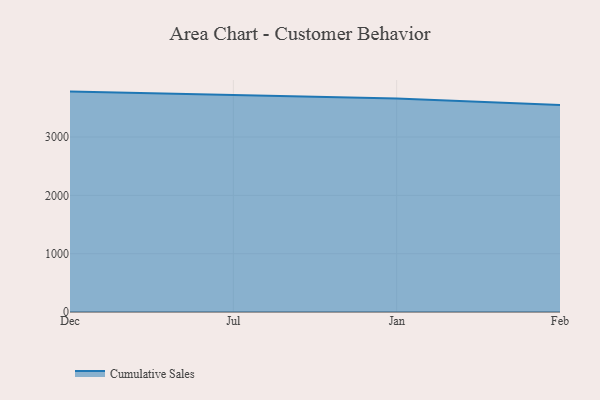
{"axis": {"x": "Month", "y": "Churn Rate (%)"}, "legend": ["Cumulative Sales"], "data": [{"x": "Dec", "y": 3779.6, "type": "Cumulative Sales"}, {"x": "Jul", "y": 3725.9, "type": "Cumulative Sales"}, {"x": "Jan", "y": 3662.2, "type": "Cumulative Sales"}, {"x": "Feb", "y": 3548.5, "type": "Cumulative Sales"}]}